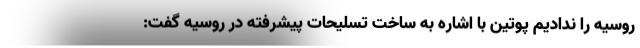
روسیه را ندادیم پوتین با اشاره به ساخت تسلیحات پیشرفته در روسیه گفت: